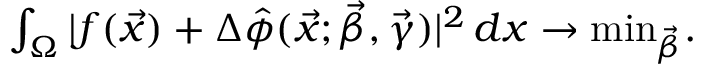
\begin{array} { r } { \int _ { \Omega } | f ( \vec { x } ) + \Delta \hat { \phi } ( \vec { x } ; \vec { \beta } , \vec { \gamma } ) | ^ { 2 } \, d x \rightarrow \mathrm { m i n } _ { { \vec { \beta } } } . } \end{array}